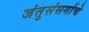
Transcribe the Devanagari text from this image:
जंतुसंसर्गाचे